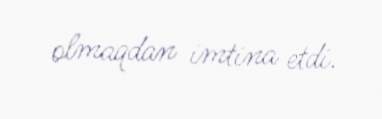
olmaqdan imtina etdi.